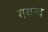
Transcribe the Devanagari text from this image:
गयन्द